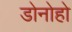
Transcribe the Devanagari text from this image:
डोनोहो